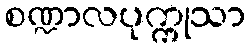
စဏ္ဍာလပုက္ကုသာ